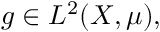
g \in L ^ { 2 } ( X , \mu ) ,